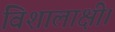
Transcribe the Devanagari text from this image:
विशालाक्षी।